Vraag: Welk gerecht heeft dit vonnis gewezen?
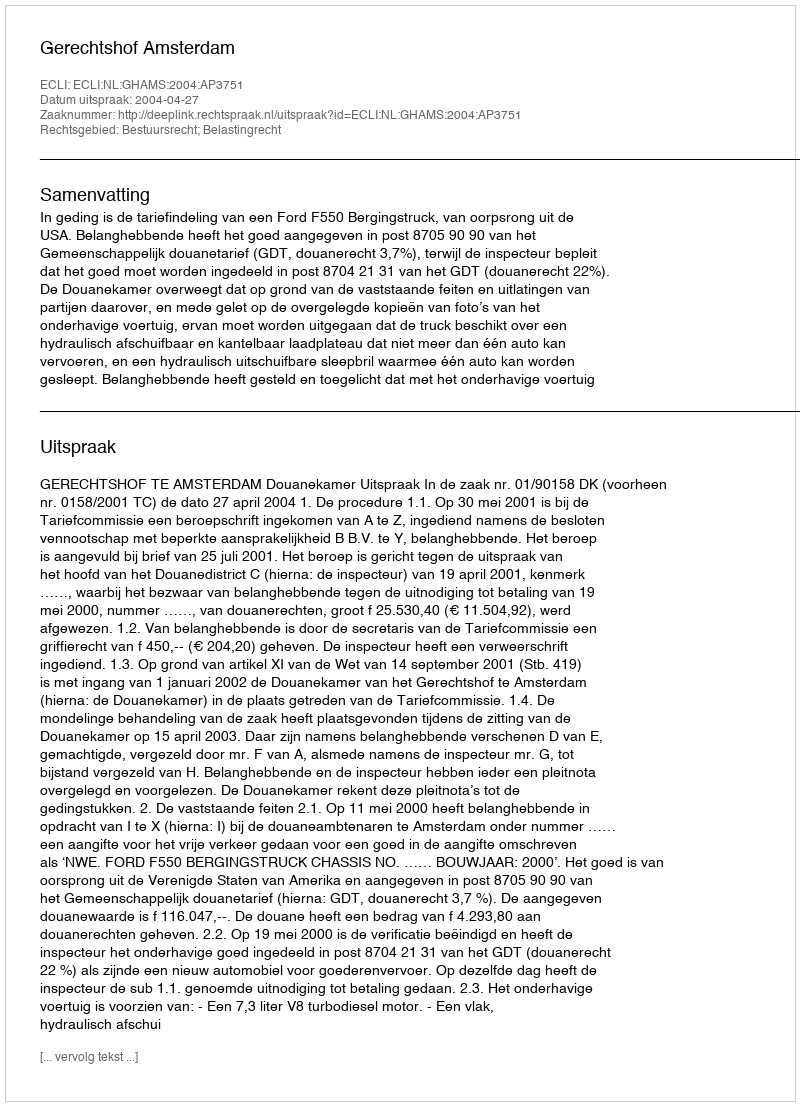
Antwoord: Gerechtshof Amsterdam